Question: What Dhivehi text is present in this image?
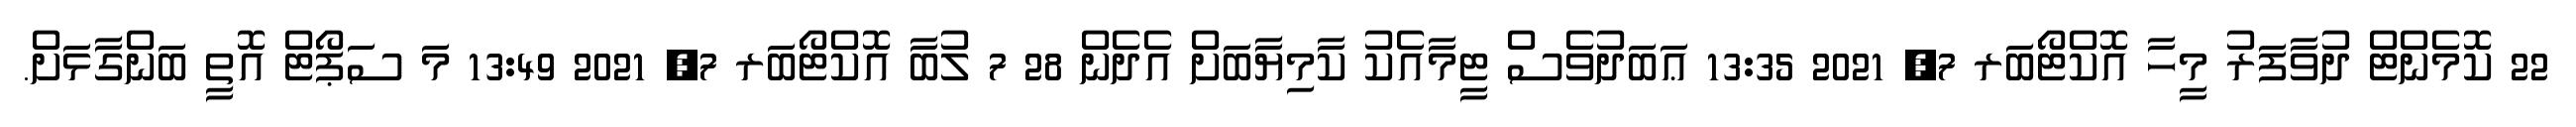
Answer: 22 ކޮމެންޓް ދުވާފަރު މީހާ އޮކްޓޯބަރ 7, 2021 13:35 ޢަބަދުވެސް ޓީމާއެކު ކާމިޔާބަށް އެދެން 28 7 ލުބާ އޮކްޓޯބަރ 7, 2021 13:49 މަ ސަޕޯޓް އޮތީ ބަންގާޅަށް.